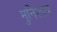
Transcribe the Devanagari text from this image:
मुनिशाप